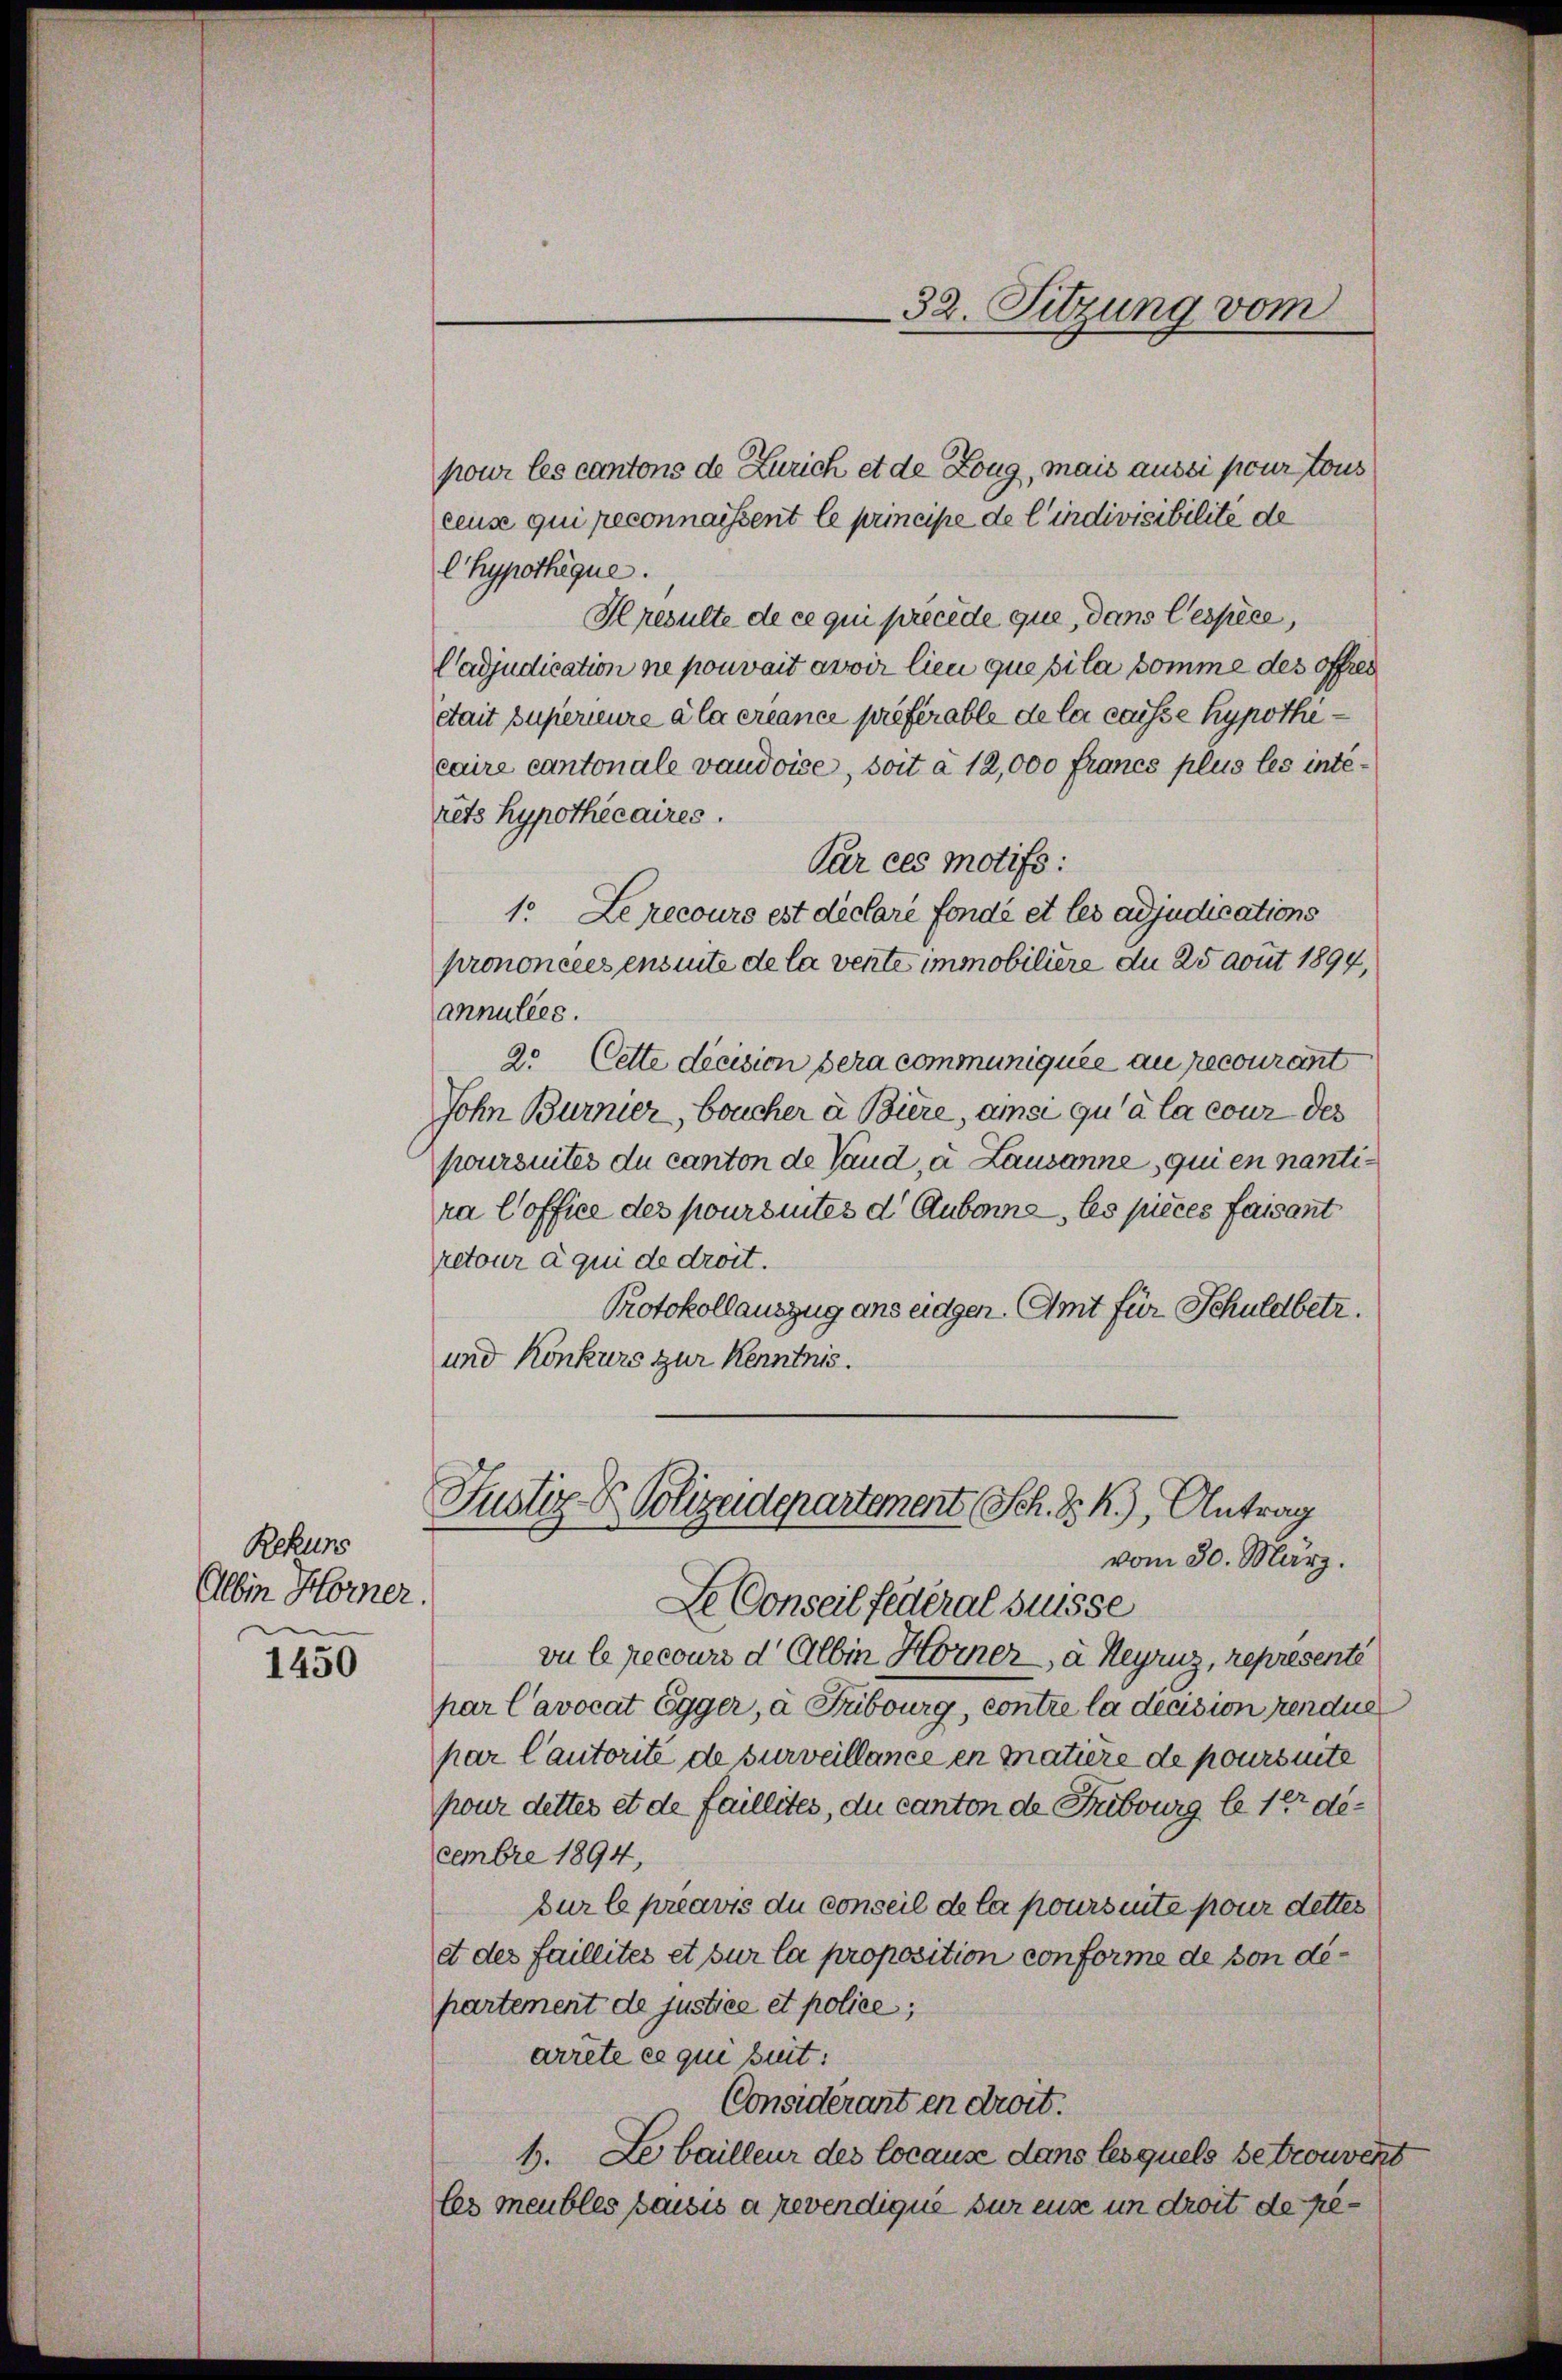
Rekurs
Albin Horner.

1450

pour les cantons de Zürich et de Zoug, mais aussi pour tous
ceuse qui peconnaissent le principe de l’indivisibilite de
lhypothèque.
Hresulte de ce qui précéde que, dans lespèce,
Cadjudication ne pouvait avoir lieu que pila somme des offres
était supérieure à la créance préférable de la caisse hypothecaire cantonale vaudoise, soit à 12,000 francs plus les interets hypothécaires.
Par ces motifs:
1. Le recoure est déclaré fondé et les adjudications
prononcées ensuite de la vente immobiliere du 25 avut 1894,
annulées.
2. Cette decision sera communiquée au recourant
Sohn Burnier, boucher à Biere, ansi qu’à la cour des
poursuites du canton de Vaud, a. Lausanne, qui en nantira Coffice des poursintes d. Aubonne, les pièces faisant
retour à qui de droit.
Protokollauszug ans eidgen. Amt für Schuldbetr.
und Konkurs zur Kenntnis.

Le Conseil fédéral Suisse
vu le recours d. Albin Hörner, à Heyruz, represente
par Cavocat Egger, à Fubourg, contre la decision rendue
par Cautorité de surveillance en matière de poursinte
pour dettes et de faillites, du canton de Fribourg le 1er devembre 1894,
bur le préavis du conseil de la pours ente pour dettes
et des faillités et sur la proposition conforme de von departement de justice et police;
arrete ce qui suit:
Considérant en droit.
1. Le bailleur des locause dans lesquels se trouvert
les meubles saisis a revendique sur eise in droit de re¬

32. Sitzung vom

Justiz- & Polizeidepartement Sch. B. k), Antrag
vom 30. März.